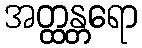
အတ္ထန္တရော